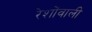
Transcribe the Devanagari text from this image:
रेशोंवाली